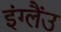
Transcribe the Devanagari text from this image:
इंग्लैंउ